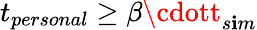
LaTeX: t_{personal}\ge\beta\cdott_{s\mathbf{i}m}